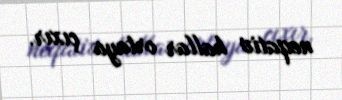
neqativ hallar ortaya çıxır.